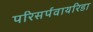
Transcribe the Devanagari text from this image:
परिसर्पवायरिडा